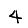
Digit: 4